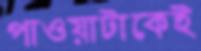
পাওয়াটাকেই